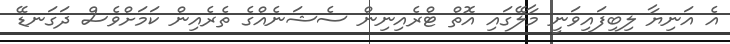
އެ އަނިޔާ ލިބިފައިވަނީ މާލޭގައި އޮތް ޓްރެއިނިން ސެޝަނެއްގެ ތެރެއިން ކަމަށްވެސް ދަގަނޑޭ